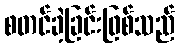
စတင်ခဲ့ခြင်းဖြစ်သည်